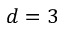
d = 3